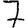
Digit: 7